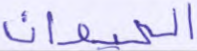
الحيوان